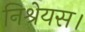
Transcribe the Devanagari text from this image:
निश्रेयस।